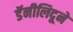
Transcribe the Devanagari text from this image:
डॅनीलिदूने